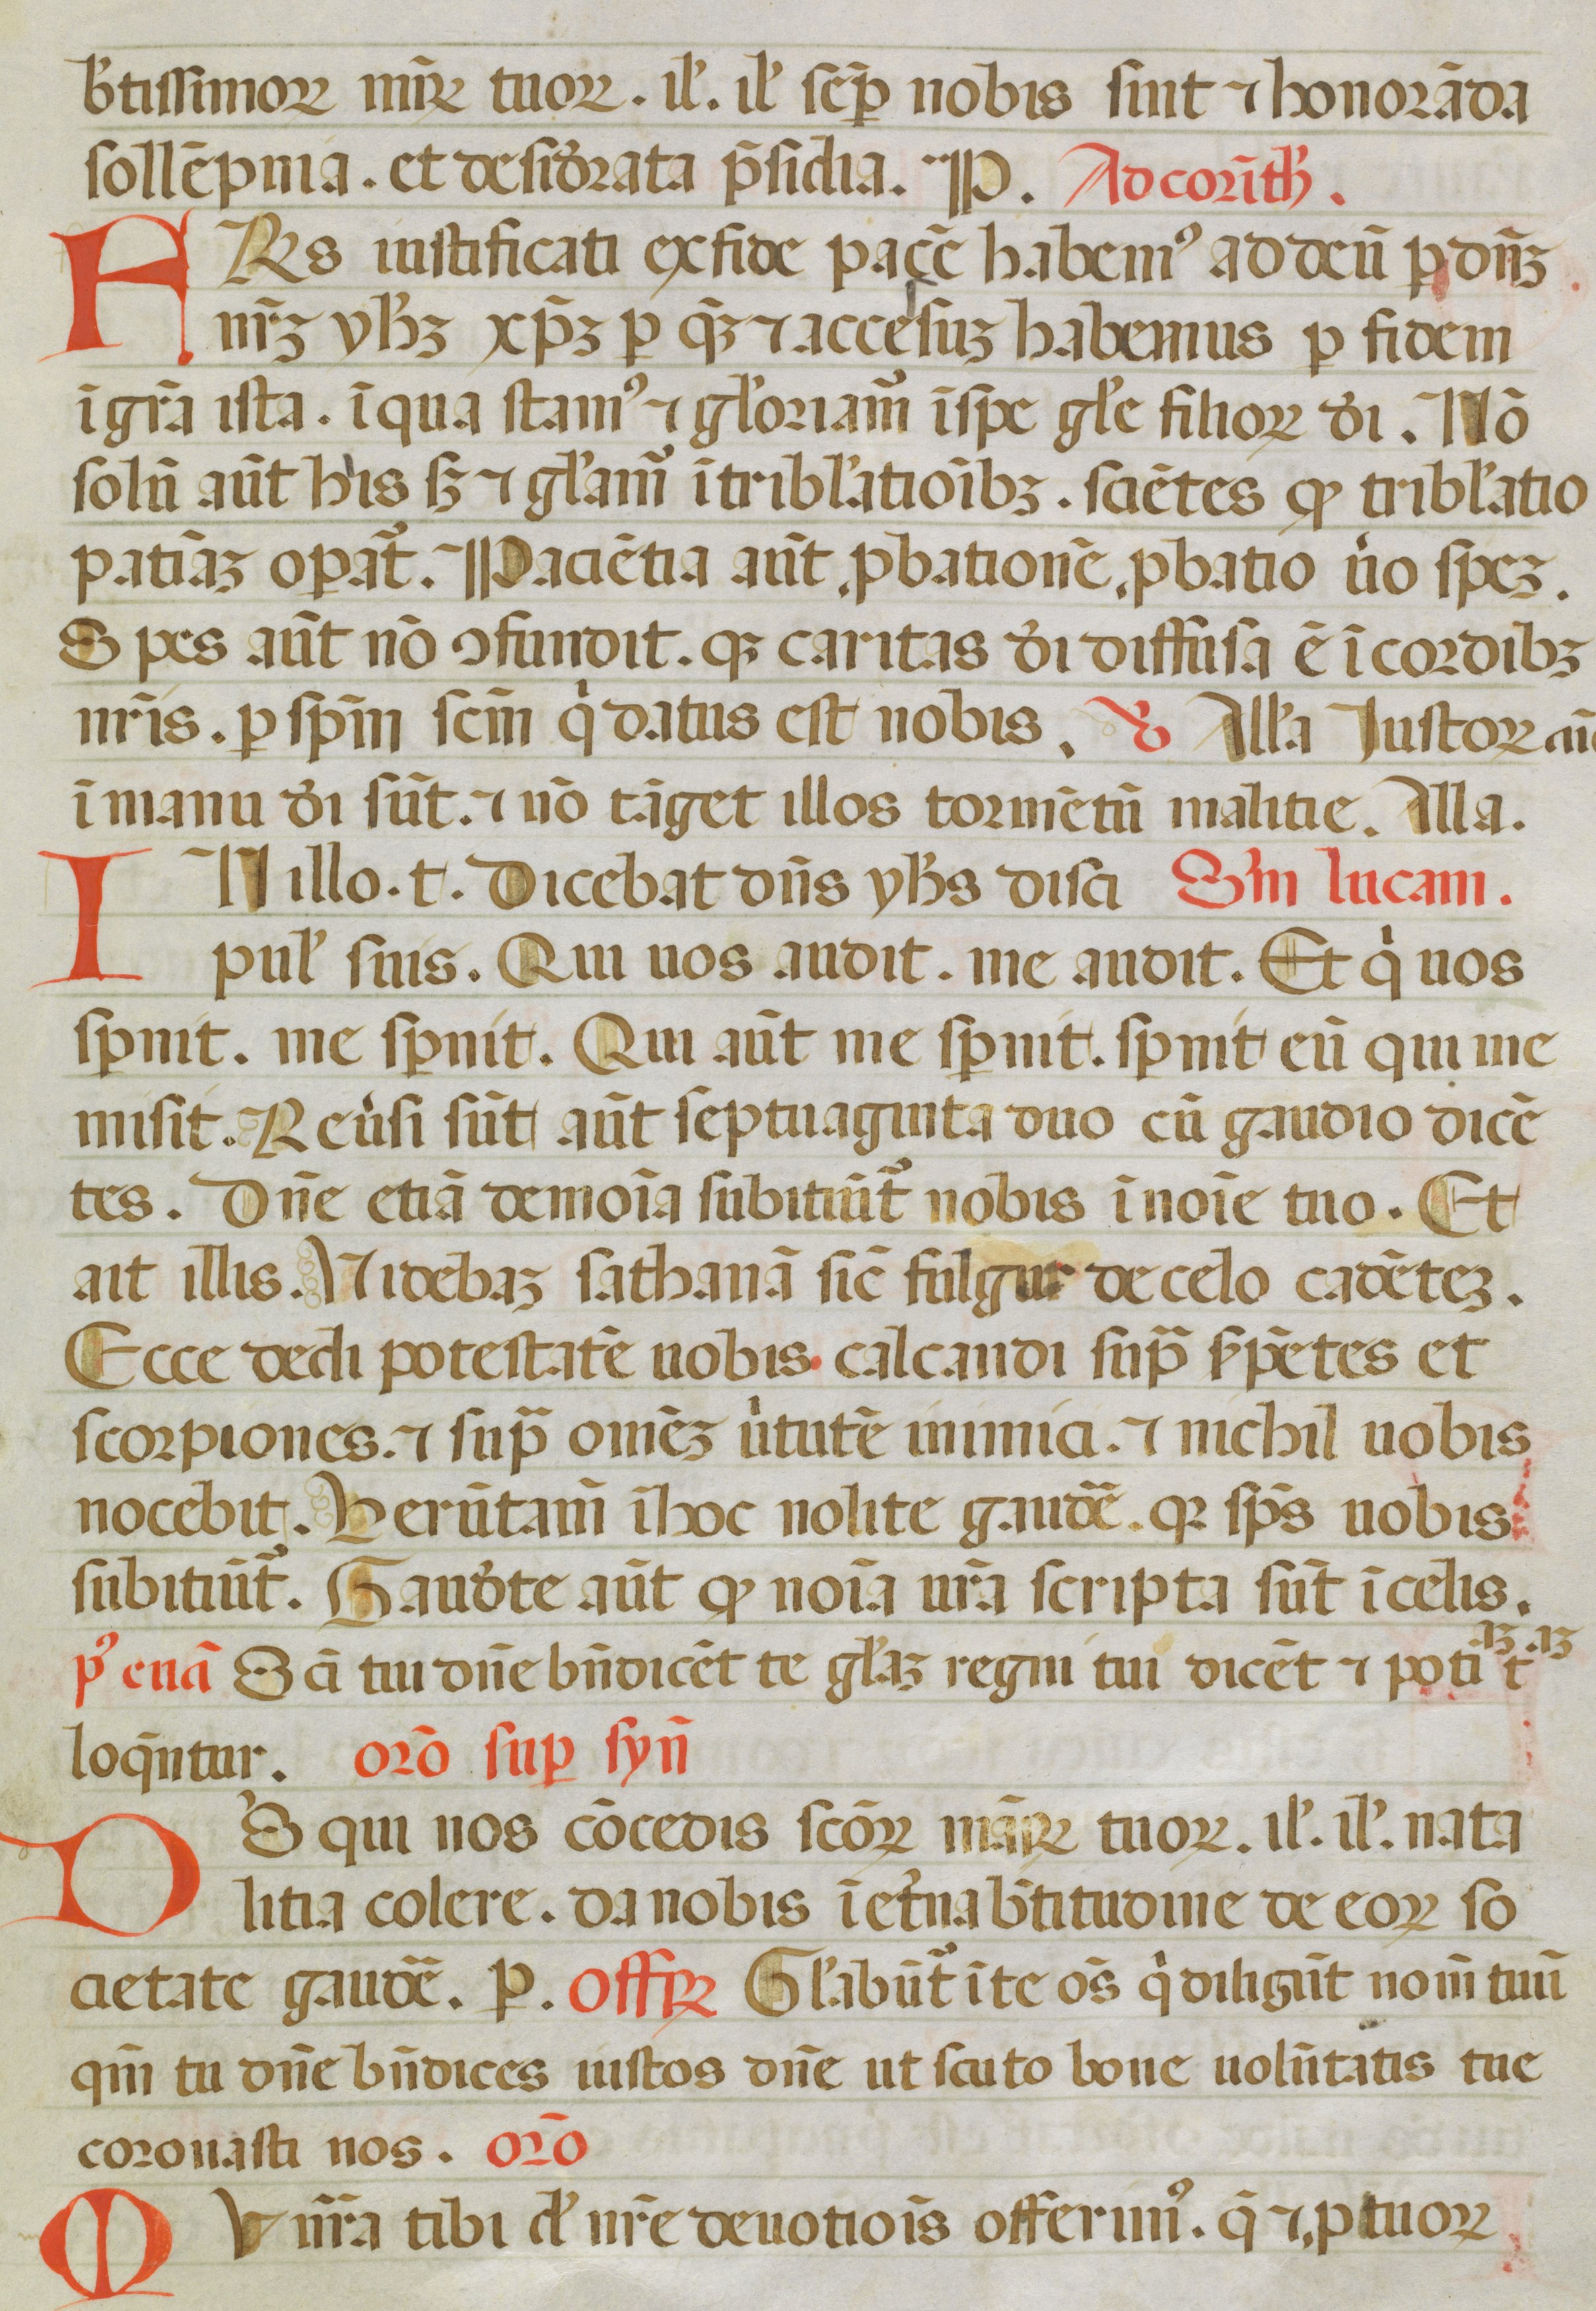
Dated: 1450–1499